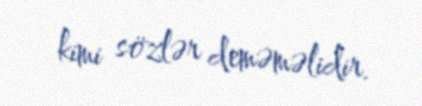
kimi sözlər deməməlidir.